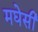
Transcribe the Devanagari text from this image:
मघेसी